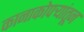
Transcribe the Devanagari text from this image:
कानाकोपर्‍यांतून